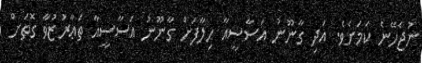
ނުޖެހޭނެ ކަމަށެވެ. އަދި ގާނޫނު އަސާސީއާ ހިލާފަށް ގާނޫނު އަސާސީއާ ތަޢާރުޒުވާ ގޮތަށް